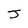
Character: J